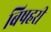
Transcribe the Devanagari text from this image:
बिषहरी